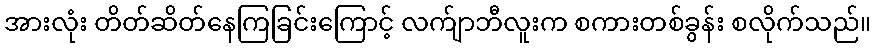
အားလုံး တိတ်ဆိတ်နေကြခြင်းကြောင့် လက်ျာဘီလူးက စကားတစ်ခွန်း စလိုက်သည်။